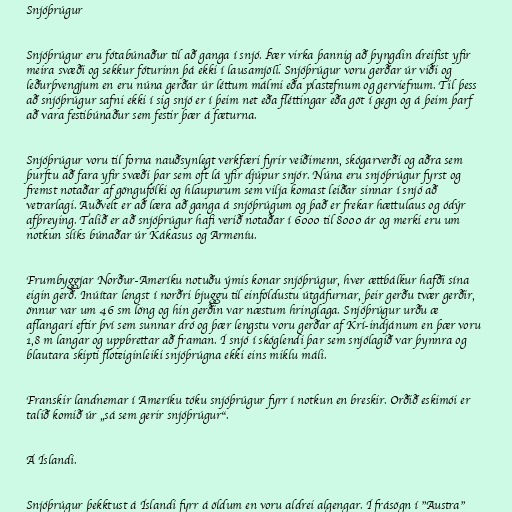
Snjóþrúgur

Snjóþrúgur eru fótabúnaður til að ganga í snjó. Þær virka þannig að þyngdin dreifist yfir
meira svæði og sekkur fóturinn þá ekki í lausamjöll. Snjóþrúgur voru gerðar úr viði og
leðurþvengjum en eru núna gerðar úr léttum málmi eða plastefnum og gerviefnum. Til þess
að snjóþrúgur safni ekki í sig snjó er í þeim net eða fléttingar eða göt í gegn og á þeim þarf
að vara festibúnaður sem festir þær á fæturna.

Snjóþrúgur voru til forna nauðsynlegt verkfæri fyrir veiðimenn, skógarverði og aðra sem
þurftu að fara yfir svæði þar sem oft lá yfir djúpur snjór. Núna eru snjóþrúgur fyrst og
fremst notaðar af göngufólki og hlaupurum sem vilja komast leiðar sinnar í snjó að
vetrarlagi. Auðvelt er að læra að ganga á snjóþrúgum og það er frekar hættulaus og ódýr
afþreying. Talið er að snjóþrúgur hafi verið notaðar í 6000 til 8000 ár og merki eru um
notkun slíks búnaðar úr Kákasus og Armeníu.

Frumbyggjar Norður-Ameríku notuðu ýmis konar snjóþrúgur, hver ættbálkur hafði sína
eigin gerð. Inúítar lengst í norðri bjuggu til einföldustu útgáfurnar, þeir gerðu tvær gerðir,
önnur var um 46 sm löng og hin gerðin var næstum hringlaga. Snjóþrúgur urðu æ
aflangari eftir því sem sunnar dró og þær lengstu voru gerðar af Krí-indjánum en þær voru
1,8 m langar og uppbrettar að framan. Í snjó í skóglendi þar sem snjólagið var þynnra og
blautara skipti floteiginleiki snjóþrúgna ekki eins miklu máli.

Franskir landnemar í Ameríku tóku snjóþrúgur fyrr í notkun en breskir. Orðið eskimói er
talið komið úr „sá sem gerir snjóþrúgur“.

Á Íslandi.

Snjóþrúgur þekktust á Íslandi fyrr á öldum en voru aldrei algengar. Í frásögn í "Austra"